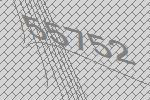
55752